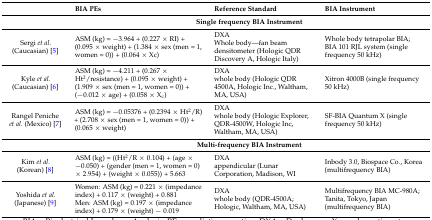
<table><thead><tr><td></td><td><b>BIA PEs</b></td><td><b>Reference Standard</b></td><td><b>BIA Instrument</b></td></tr></thead><tbody><tr><td></td><td colspan="3"><b>Single frequency BIA Instrument</b></td></tr><tr><td>Sergi <i>et al.</i> (Caucasian) [5]</td><td>ASM (kg) = −3.964 + (0.227 × RI) + (0.095 × weight) + (1.384 × sex (men = 1, women = 0)) + (0.064 × Xc)</td><td>DXAWhole body—fan beam densitometer (Hologic QDR Discovery A, Hologic Italy)</td><td>Whole body tetrapolar BIA; BIA 101 RJL system (single frequency 50 kHz)</td></tr><tr><td>Kyle <i>et al.</i> (Caucasian) [6]</td><td>ASM (kg) = −4.211 + (0.267 × Ht<sup>2</sup>/resistance) + (0.095 × weight) + (1.909 × sex (men = 1, women = 0)) + (−0.012 × age) + (0.058 × X<sub>c</sub>)</td><td>DXAwhole body (Hologic QDR 4500A, Hologic Inc., Waltham, MA, USA)</td><td>Xitron 4000B (single frequency 50 kHz)</td></tr><tr><td>Rangel Peniche <i>et al.</i> (Mexico) [7]</td><td>ASM (kg) = −0.05376 + (0.2394 × Ht<sup>2</sup>/R) + (2.708 × sex (men = 1, women = 0)) + (0.065 × weight)</td><td>DXAwhole body (Hologic Explorer, QDR-4500W, Hologic Inc, Waltham, MA, USA)</td><td>SF-BIA Quantum X (single frequency 50 kHz)</td></tr><tr><td></td><td colspan="3"><b>Multi-frequency BIA Instrument</b></td></tr><tr><td>Kim <i>et al.</i> (Korean) [8]</td><td>ASM (kg) = ((Ht<sup>2</sup>/R × 0.104) + (age × −0.050) + (gender (men = 1, women = 0) × 2.954) + (weight × 0.055)) + 5.663</td><td>DXAappendicular (Lunar Corporation, Madison, WI</td><td>Inbody 3.0, Biospace Co., Korea (multifrequency BIA)</td></tr><tr><td>Yoshida <i>et al.</i> (Japanese) [9]</td><td>Women: ASM (kg) = 0.221 × (impedance index) + 0.117 × (weight) + 0.881 Men: ASM (kg) = 0.197 × (impedance index) + 0.179 × (weight) − 0.019</td><td>DXAwhole body (QDR-4500A; Hologic, Waltham, MA, USA)</td><td>Multifrequency BIA MC-980A; Tanita, Tokyo, Japan (multifrequency BIA)</td></tr></tbody></table>